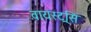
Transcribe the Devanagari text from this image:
वायस्ट्रसि